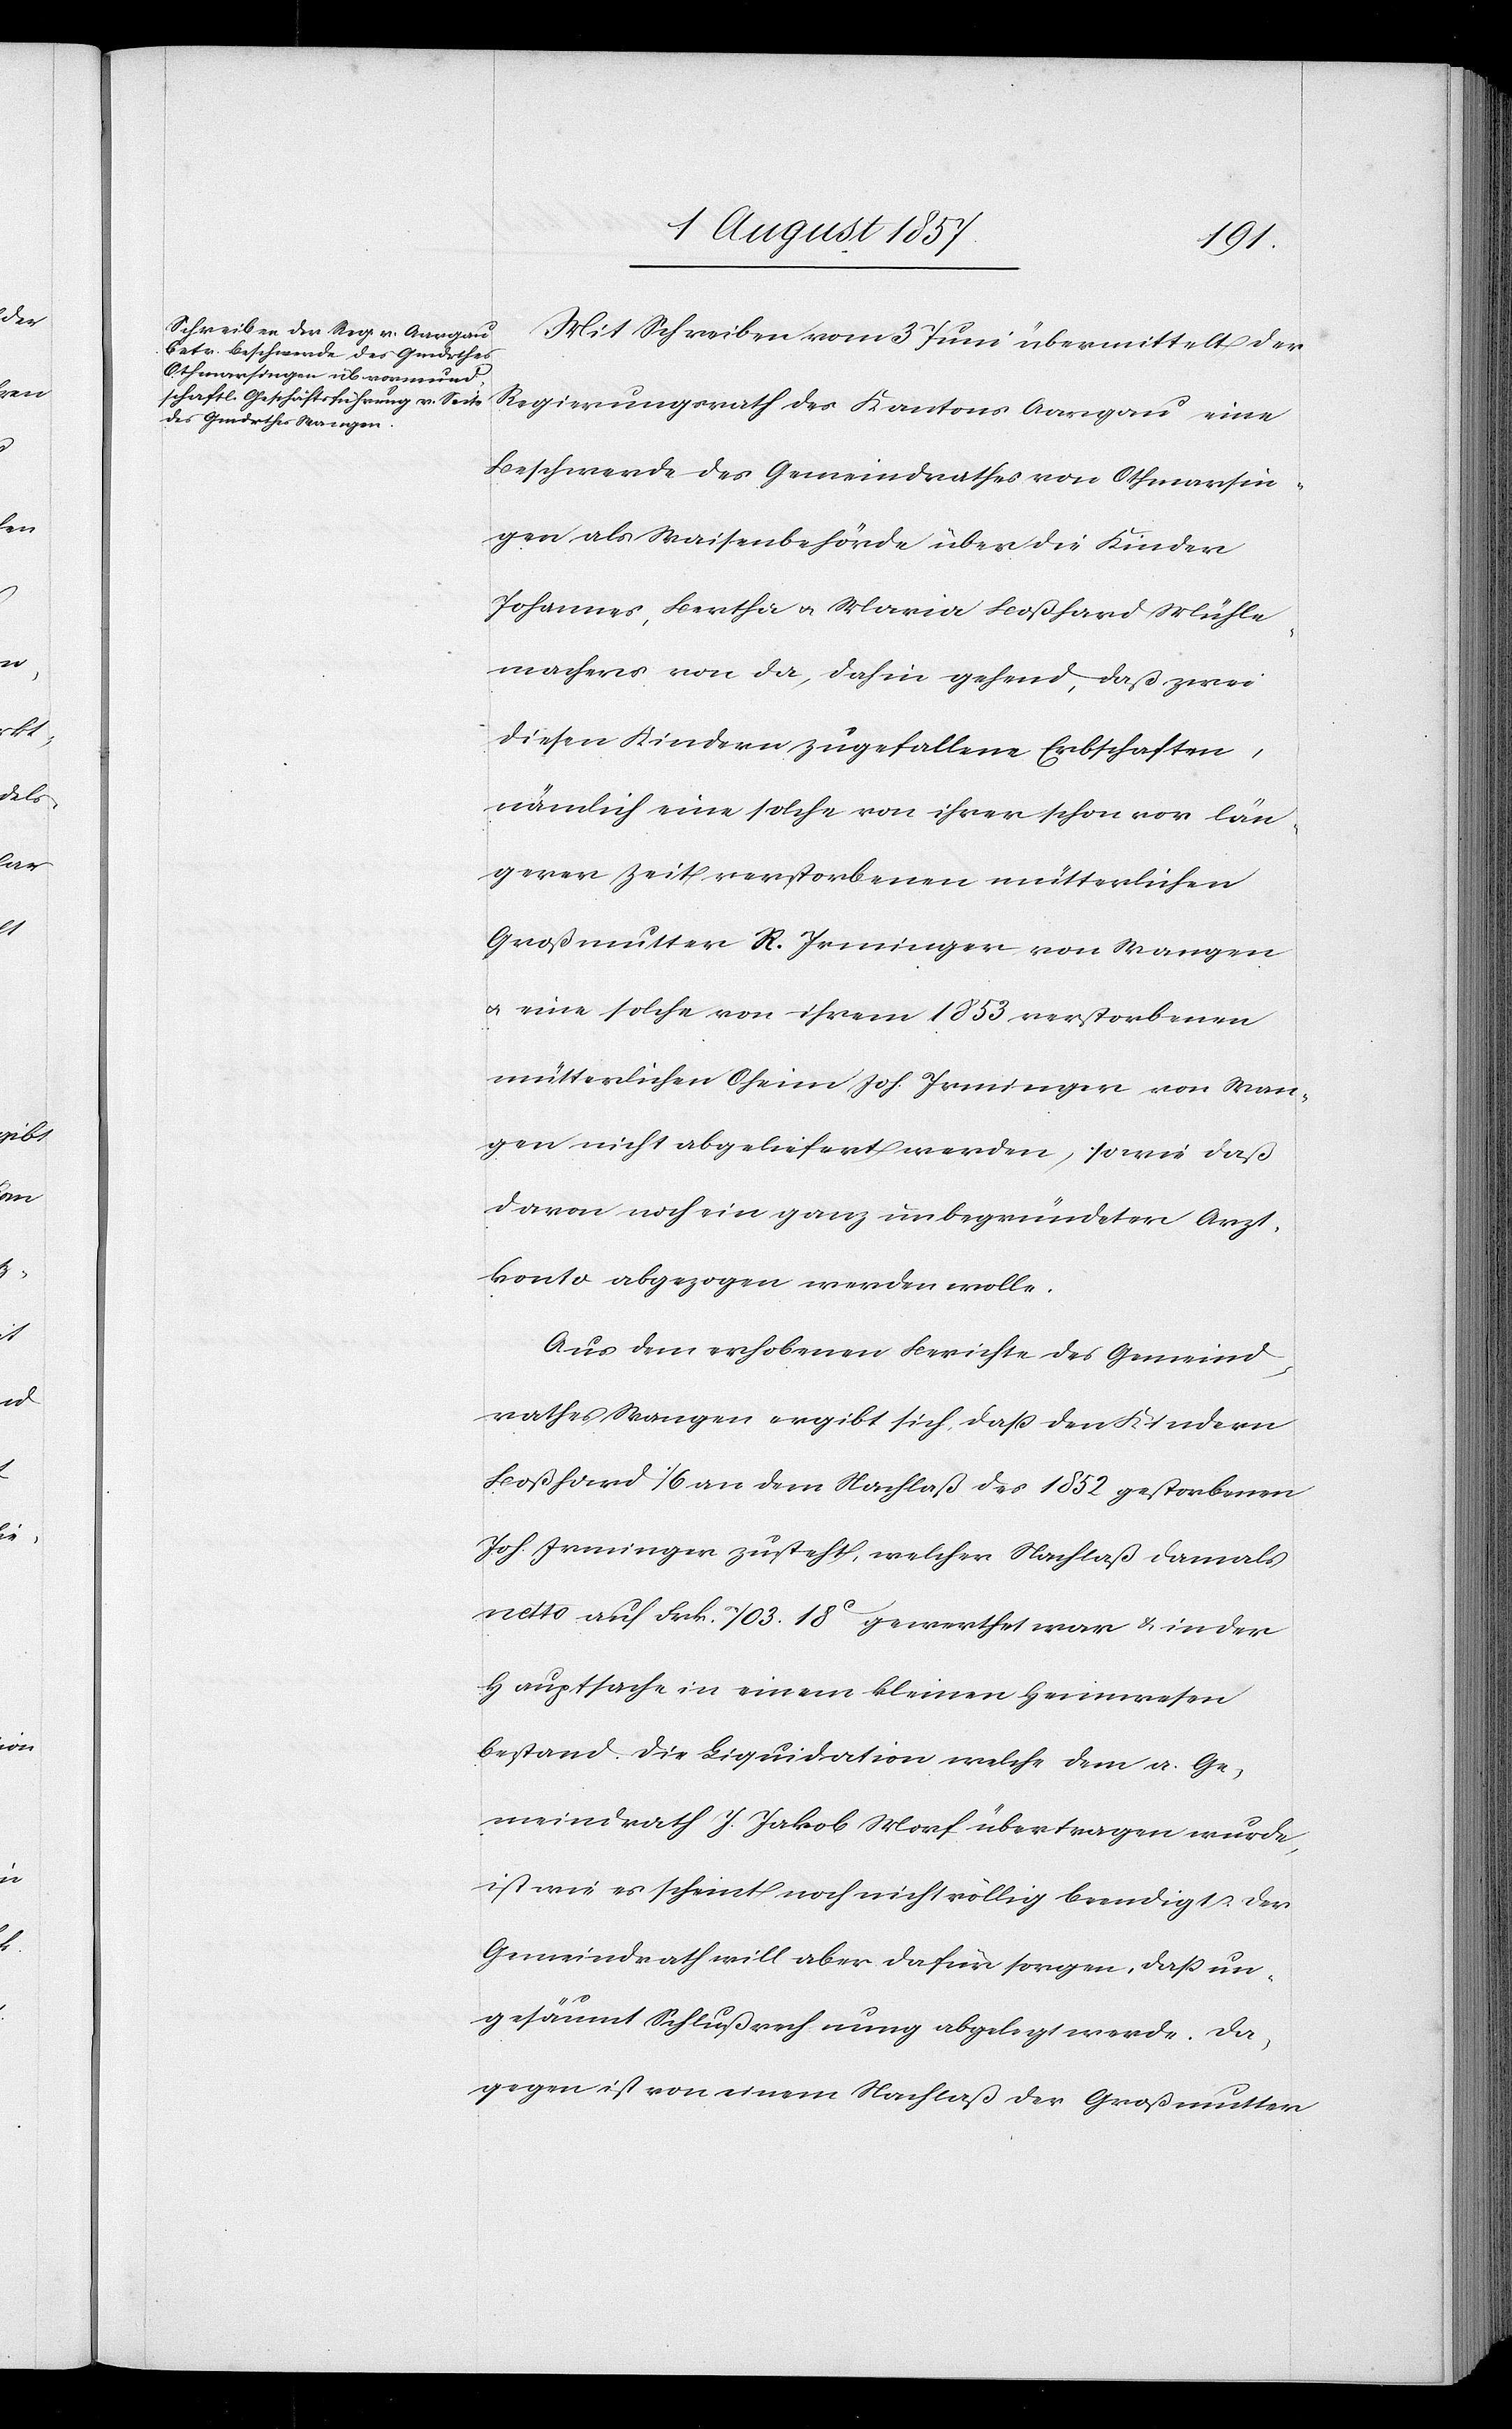
Mit Schreiben vom 3 Juni übermittelt der
Regierungsrath des Kantons Aargau eine
Beschwerde des Gemeindrathes von Othmarsin¬
gen als Waisenbehörde über die Kinder
Johannes, Bertha & Maria Boßhard Mühle¬
machers von da, dahin gehend, daß zwei
diesen Kindern zugefallene Erbschaften,
nämlich eine solche von ihrer schon vor län¬
gerer Zeit verstorbenen mütterlichen
Großmutter R. Irminger von Wangen
& eine solche von ihrem 1853 verstorbenen
mütterlichen Oheim Joh. Irminger von Wan¬
gen nicht abgeliefert werden, sowie daß
davon noch ein ganz unbegründeter Arzt¬
konto abgezogen werden wolle.
Aus dem erhobenen Berichte des Gemeind¬
rathes Wangen ergibt sich, daß den Kindern
Boßhard 1/6 an dem Nachlaß des 1852 gestorbenen
Joh. Irminger zusteht, welcher Nachlaß damals
netto auf Frk. 703. 18c gewerthet war & in der
Hauptsache in einem kleinen Heimwesen
bestand. Die Liquidation welche dem a. Ge¬
meindrath J. Jakob Morf übertragen wurde,
ist wie es scheint noch nicht völlig beendigt. Der
Gemeindrath will aber dafür sorgen, daß un¬
gesäumt Schlußrechnung abgelegt werde. Da¬
gegen ist von einem Nachlaß der Großmutter